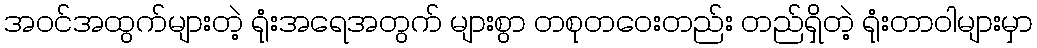
အဝင်အထွက်များတဲ့ ရုံးအရေအတွက် များစွာ တစုတဝေးတည်း တည်ရှိတဲ့ ရုံးတာဝါများမှာ